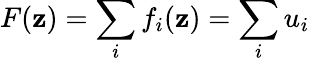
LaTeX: F(\mathbf{z})=\sum_{i}f_{i}(\mathbf{z})=\sum_{i}u_{i}